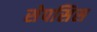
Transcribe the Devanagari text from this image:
सेपसिस